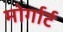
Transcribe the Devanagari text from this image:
मोर्गार्ट